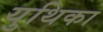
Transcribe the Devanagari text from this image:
युथिका